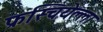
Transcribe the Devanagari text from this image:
फ्रस्चियेल्ला